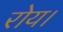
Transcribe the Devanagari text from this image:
रोय।